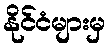
နိုင်ငံများမှ